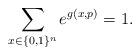
LaTeX: \begin{align*}\sum_{x\in \{0,1\}^n} e^{g(x,p)} = 1. \end{align*}